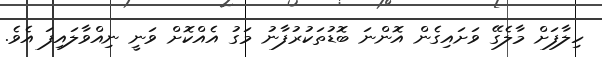
ހިލާފަށް މާލެގޭ ވަށައިގެން އޮންނަ ބޮޑުތަކުރުފާނު މަގު އެއްކޮށް ވަނީ ނިއްވާލައިފަ އެވެ.